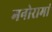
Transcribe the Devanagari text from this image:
मनोरामां